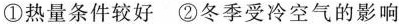
①热量条件较好 ②冬季受冷空气的影响